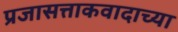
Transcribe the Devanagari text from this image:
प्रजासत्ताकवादाच्या